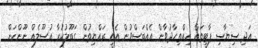
އަދި ސިޔާސި ޕާޓީތައް އިއްތިހާދުވާން އެއްބަސްވުން އެއީ ރައްޔިތުން ގަބޫލުކުރާ އުސޫލެއް ނޫންކަން